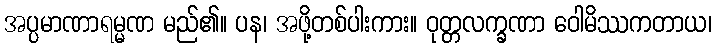
အပ္ပမာဏာရမ္မဏ မည်၏။ ပန၊ အဖို့တစ်ပါးကား။ ဝုတ္တလက္ခဏာ ဝေါမိဿကတာယ၊